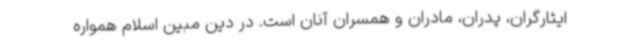
ایثارگران، پدران، مادران و همسران آنان است. در دین مبین اسلام همواره